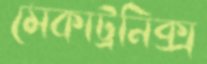
মেকাট্রনিক্স